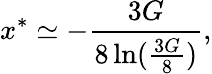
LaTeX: x^{*}\simeq-{\frac{3G}{8\ln({\frac{3G}{8}})}},